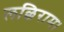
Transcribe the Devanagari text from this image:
लछिराम।